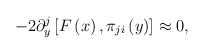
\begin{align*}-2\partial _y^j\left[ F\left( x\right) ,\pi _{ji}\left( y\right)\right] \approx 0,\end{align*}